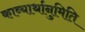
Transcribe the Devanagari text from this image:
काव्यार्थानुमिति